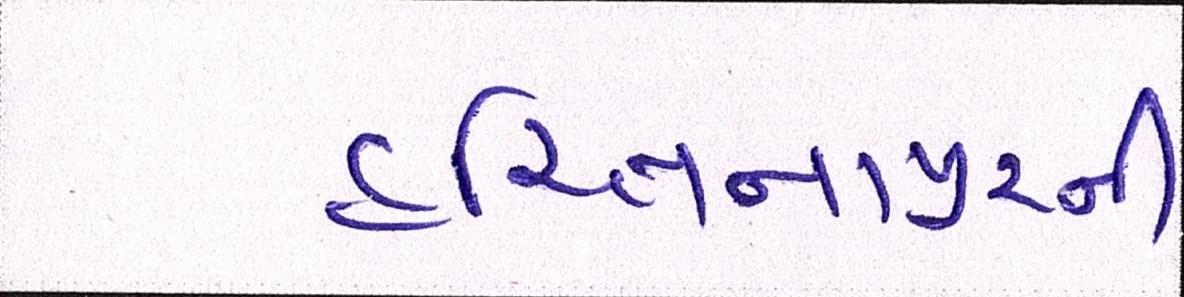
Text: હસ્તિનાપુરની